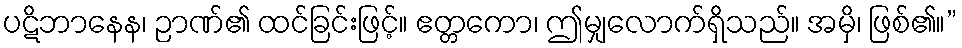
ပဋိဘာနေန၊ ဉာဏ်၏ ထင်ခြင်းဖြင့်။ ဧတ္တကော၊ ဤမျှလောက်ရှိသည်။ အမှိ၊ ဖြစ်၏။”